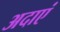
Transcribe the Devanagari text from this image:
अदाएं